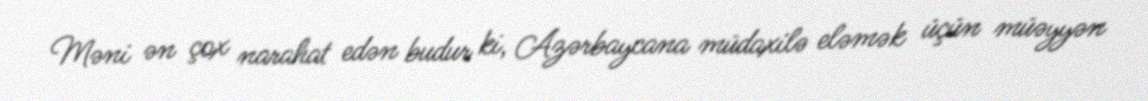
Məni ən çox narahat edən budur ki, Azərbaycana müdaxilə eləmək üçün müəyyən